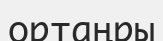
ортаңры